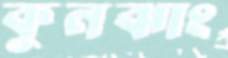
কুনঝাং